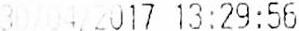
30/04/2017 13:29:56